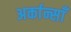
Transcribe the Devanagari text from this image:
अर्कान्साँ